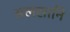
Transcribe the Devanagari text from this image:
अलसानि